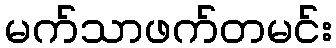
မက်သာဖက်တမင်း